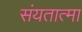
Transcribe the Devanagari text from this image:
संयतात्मा